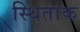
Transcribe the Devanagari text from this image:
स्थितांक